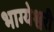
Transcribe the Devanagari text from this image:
भाग्येश्वरी